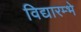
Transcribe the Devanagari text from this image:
विद्यारम्भे